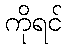
ကိုရင်